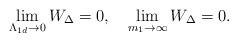
LaTeX: \begin{align*}\lim _{\Lambda _{1d} \rightarrow 0}W_{\Delta }=0,\quad\lim _{m_{1} \rightarrow \infty }W_{\Delta }=0. \end{align*}